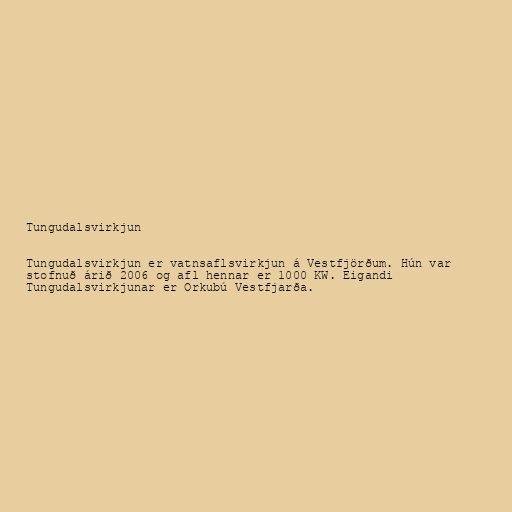
Tungudalsvirkjun

Tungudalsvirkjun er vatnsaflsvirkjun á Vestfjörðum. Hún var
stofnuð árið 2006 og afl hennar er 1000 KW. Eigandi
Tungudalsvirkjunar er Orkubú Vestfjarða.